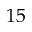
1 5